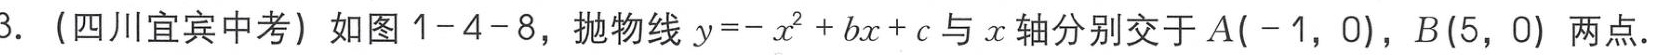
3.（四川宜宾中考）如图1-4-8，抛物线\(y = -x^{2}+bx + c\)与\(x\)轴分别交于\(A(-1,0)\)，\(B(5,0)\)两点.